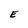
Character: E